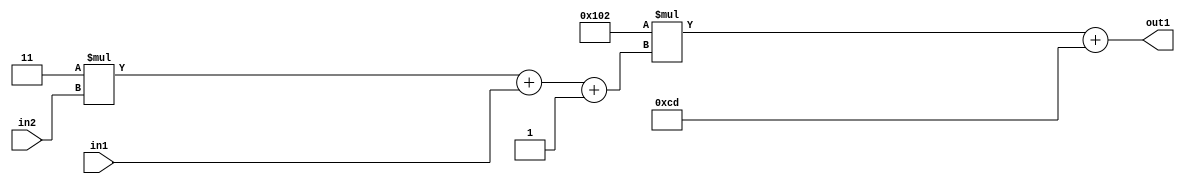
`timescale 1ps / 1ps
/*****************************************************************************
    Verilog RTL Description
    
    
    Created by: Stratus DpOpt 2019.1.01 
*******************************************************************************/

module DC_Filter_Add2i205Mul2i258Add3i1u1Mul2i3u2_1 (
	in2,
	in1,
	out1
	); /* architecture "behavioural" */ 
input [1:0] in2;
input  in1;
output [11:0] out1;
wire [11:0] asc001;
wire [3:0] asc002;

wire [3:0] asc002_tmp_0;
wire [3:0] asc002_tmp_1;
assign asc002_tmp_1 = 
	+(4'B0011 * in2);
assign asc002_tmp_0 = asc002_tmp_1
	+(in1);
assign asc002 = asc002_tmp_0
	+(4'B0001);

wire [11:0] asc001_tmp_2;
assign asc001_tmp_2 = 
	+(12'B000100000010 * asc002);
assign asc001 = asc001_tmp_2
	+(12'B000011001101);

assign out1 = asc001;
endmodule

/* CADENCE  vrTySgA= : u9/ySgnWtBlWxVPRXgAZ4Og= ** DO NOT EDIT THIS LINE ******/